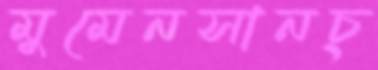
মুমেনসানচ্